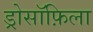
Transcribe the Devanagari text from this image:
ड्रोसॉफ़िला